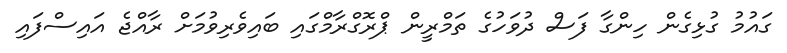
ގައުމު ގުޅިގެން ހިންގާ ފަސް ދުވަހުގެ ތަމްރީން ޕްރޮގްރާމްގައި ބައިވެރިވުމަށް ރާއްޖެ އައިސްފައި